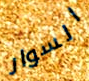
السوار